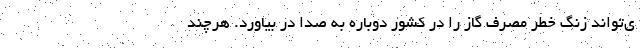
ی‌تواند زنگ خطر مصرف گاز را در کشور دوباره به صدا در بیاورد. هرچند